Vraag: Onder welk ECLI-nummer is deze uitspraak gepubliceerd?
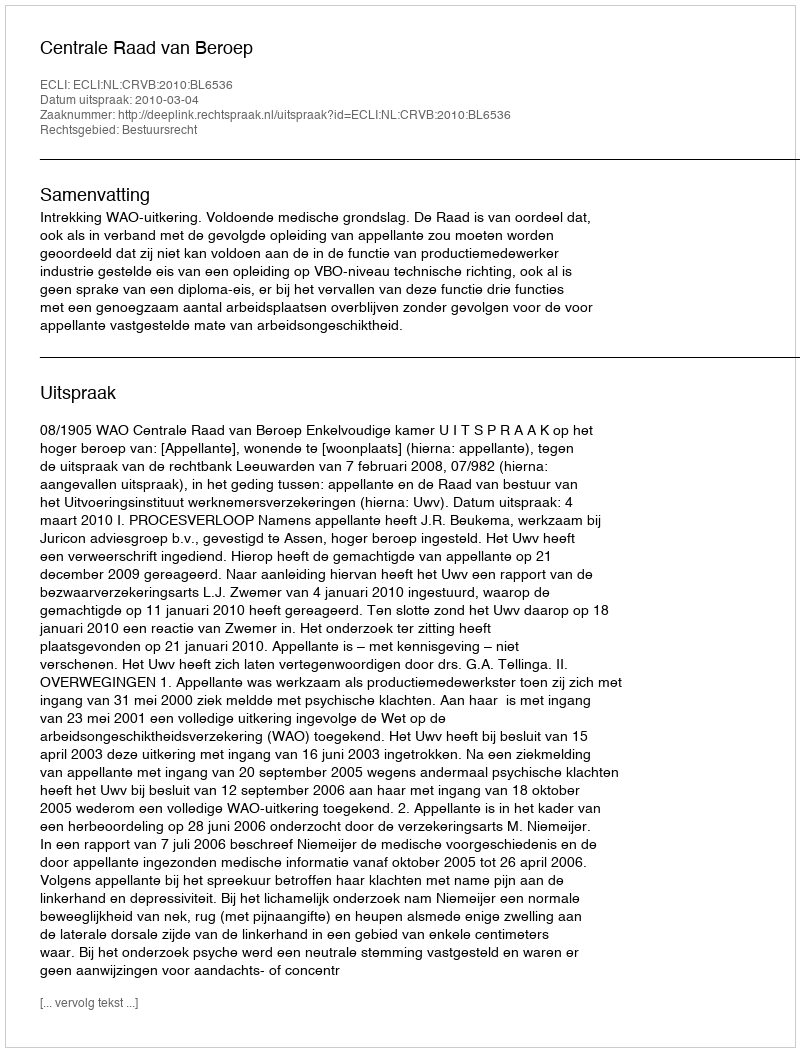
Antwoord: ECLI:NL:CRVB:2010:BL6536